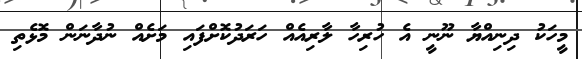
މީހަކު ދިނިއްޔާ ނޫނީ އެ ހުރިހާ ލާރިއެއް ހަރަދުކޮށްފައި މަށެއް ނުދާނަން މޮޅެތި